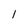
Character: l